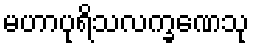
မဟာပုရိသလက္ခဏေသု